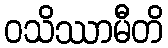
ဝသိဿာမီတိ